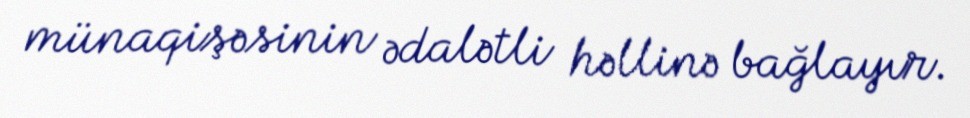
münaqişəsinin ədalətli həllinə bağlayır.